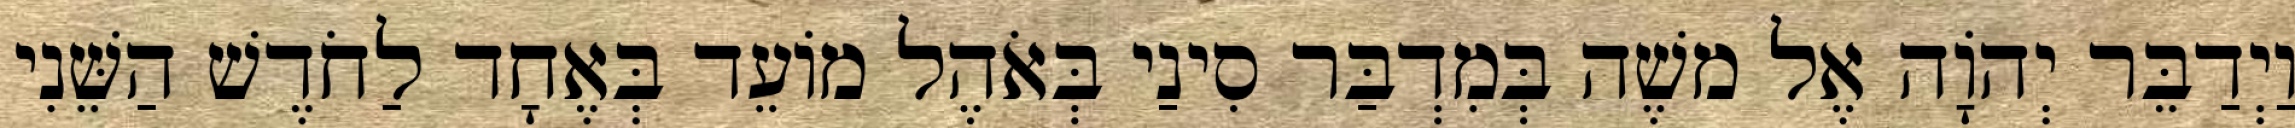
וַיְדַבֵּר יְהוָֹה אֶל משֶׁה בְּמִדְבַּר סִינַי בְּאֹהֶל מוֹעֵד בְּאֶחָד לַחֹדֶשׁ הַשֵּׁנִי